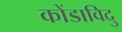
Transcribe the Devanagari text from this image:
कोंडाविदु